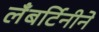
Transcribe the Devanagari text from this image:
लँबर्टिनीने